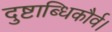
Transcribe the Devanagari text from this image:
दुष्टाब्धिकौर्व।